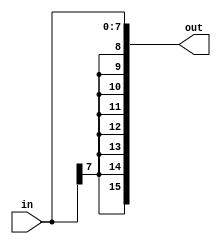
module sign_extend_8b(in, out);

	input  [7:0]  in;
	output [15:0] out;

	assign out[7:0] = in;
	assign out[15:8] = {8{in[7]}};

endmodule